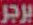
برجر